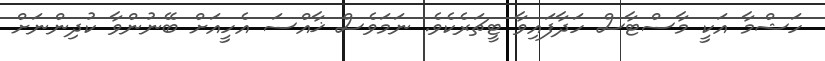
ހަޝްމާ އަކީ މާސްޓާސް ހަދާފައިވާ ޓީޗަރެކެވެ. ނަމަވެސް ޚާއްސަ އެހީއަށް ބޭނުންވާ ކުދިންނަށް